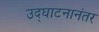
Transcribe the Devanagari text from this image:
उद्‌घाटनानंतर